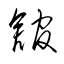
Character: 舘